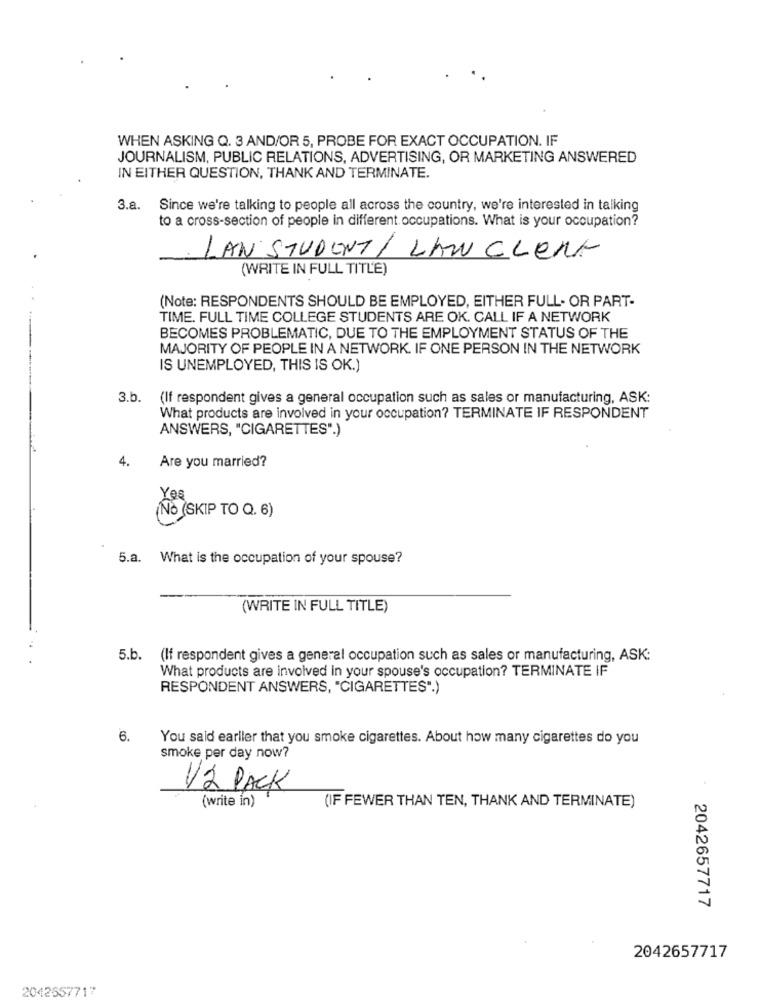
WHEN ASKING Q. 3 AND/OR 5, PROBE FOR EXACT OCCUPATION. IF
JOURNALISM, PUBLIC RELATIONS, ADVERTISING, OR MARKETING ANSWERED
IN EITHER QUESTION, THANK AND TERMINATE.
3.a. Since we're talking to people all across the country, we're interested in talking
to a cross-section of people in different occupations. What is your occupation?
LAN STUDENT / LAN CLEN-
(WRITE IN FULL TITLE)
(Note: RESPONDENTS SHOULD BE EMPLOYED, EITHER FULL- OR PART-
TIME. FULL TIME COLLEGE STUDENTS ARE OK. CALL IF A NETWORK
BECOMES PROBLEMATIC, DUE TO THE EMPLOYMENT STATUS OF THE
MAJORITY OF PEOPLE IN A NETWORK. IF ONE PERSON IN THE NETWORK
IS UNEMPLOYED, THIS IS OK.)
3.b.
(If respondent gives a general occupation such as sales or manufacturing, ASK:
What products are involved in your occupation? TERMINATE IF RESPONDENT
ANSWERS, "CIGARETTES".)
4.
Are you married?
Yes
No (SKIP TO Q. 6)
5.a. What is the occupation of your spouse?
(WRITE IN FULL TITLE)
5.b. (If respondent gives a general occupation such as sales or manufacturing, ASK:
What products are involved in your spouse's occupation? TERMINATE IF
RESPONDENT ANSWERS, "CIGARETTES".)
6.
You said earlier that you smoke cigarettes. About how many cigarettes do you
smoke per day now?
12 PACK
(write in)
(IF FEWER THAN TEN, THANK AND TERMINATE)
2042657717
2042657717
2042557717